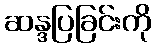
ဆန္ဒပြခြင်းကို